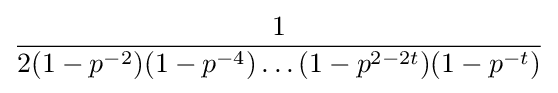
{1 \over 2(1-p^{-2})(1-p^{-4})\dots (1-p^{2-2t})(1-p^{-t})}